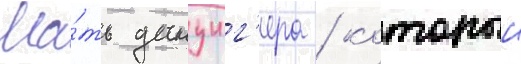
Ма́ть данциг'ера / которыи